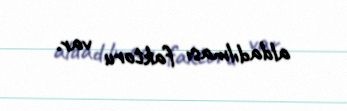
aldadılması faktoru var.